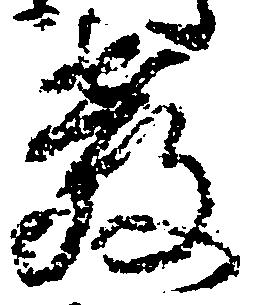
教